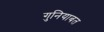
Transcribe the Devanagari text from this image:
गुनियाबत